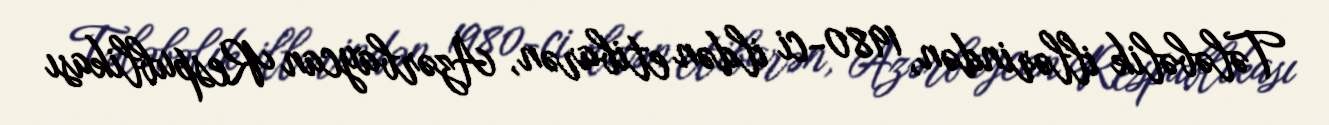
Tələbəlik illərindən, 1980-ci ildən etibarən, Azərbaycan Respublikası